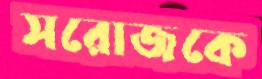
সরোজকে